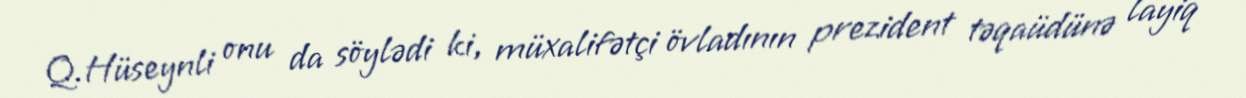
Q.Hüseynli onu da söylədi ki, müxalifətçi övladının prezident təqaüdünə layiq